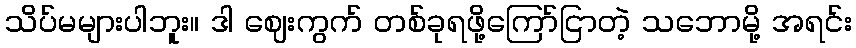
သိပ်မများပါဘူး။ ဒါ ဈေးကွက် တစ်ခုရဖို့ကြော်ငြာတဲ့ သဘောမို့ အရင်း